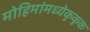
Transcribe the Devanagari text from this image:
मोहिमांमध्येकुकूक